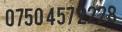
0750 457 2228